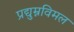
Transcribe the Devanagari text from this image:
प्रद्युम्नविमल